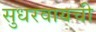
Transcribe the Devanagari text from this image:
सुधरवायची